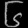
Digit: ၆